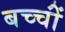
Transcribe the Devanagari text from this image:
बच्चोंं